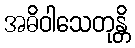
အဓိဝါသေတုန္တိ